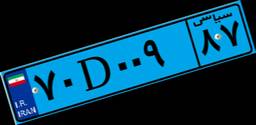
۷۰D۰۰۹۸۷